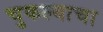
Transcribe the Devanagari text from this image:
चुकल्याचा